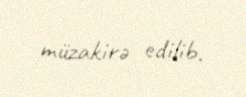
müzakirə edilib.